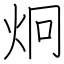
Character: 炯